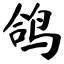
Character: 鸽